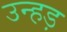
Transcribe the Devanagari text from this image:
उन्हड़